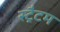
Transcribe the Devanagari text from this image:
स्ट्रैटम